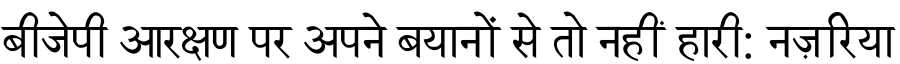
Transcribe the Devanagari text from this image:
बीजेपी आरक्षण पर अपने बयानों से तो नहीं हारी: नज़रिया